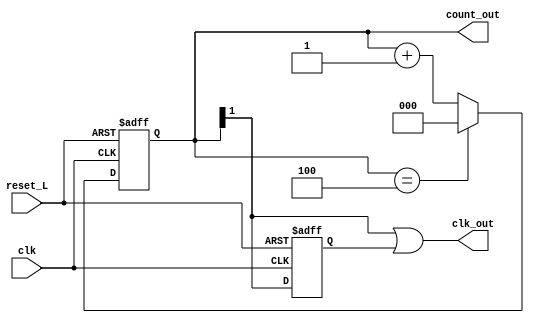
module MOD5_50_DC(
input clk,
input reset_L,
output [2:0] count_out,
output clk_out
    );
    reg [2:0] count = 'b0;
    reg temp = 'b0;
    always @ (posedge clk, negedge reset_L)
    begin
    if(!reset_L)
    count <= 'b0;
    else if(count == 3'b100)
    count <= 'b0;
    else
    count <= count + 1'b1;
    end
 
    
    always @ (negedge clk, negedge reset_L)
    begin
    if(!reset_L)
    temp <= 'b0;
    else
    temp <= count[1];
    end
    
    assign clk_out = count[1] | temp;
    assign count_out = count;
    
endmodule